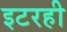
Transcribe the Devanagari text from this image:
इटरही